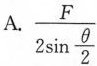
A.\frac{F}{2sin\frac{θ}{2}}